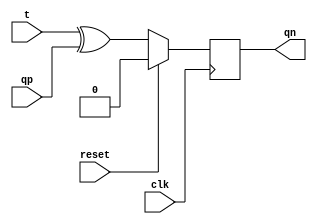
module tflip(input t,qp,clk,reset,output reg qn);
always @(posedge clk) begin
if(reset==1'b1) qn=1'b0;
else qn=t^qp;
end
endmodule